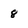
Character: 8